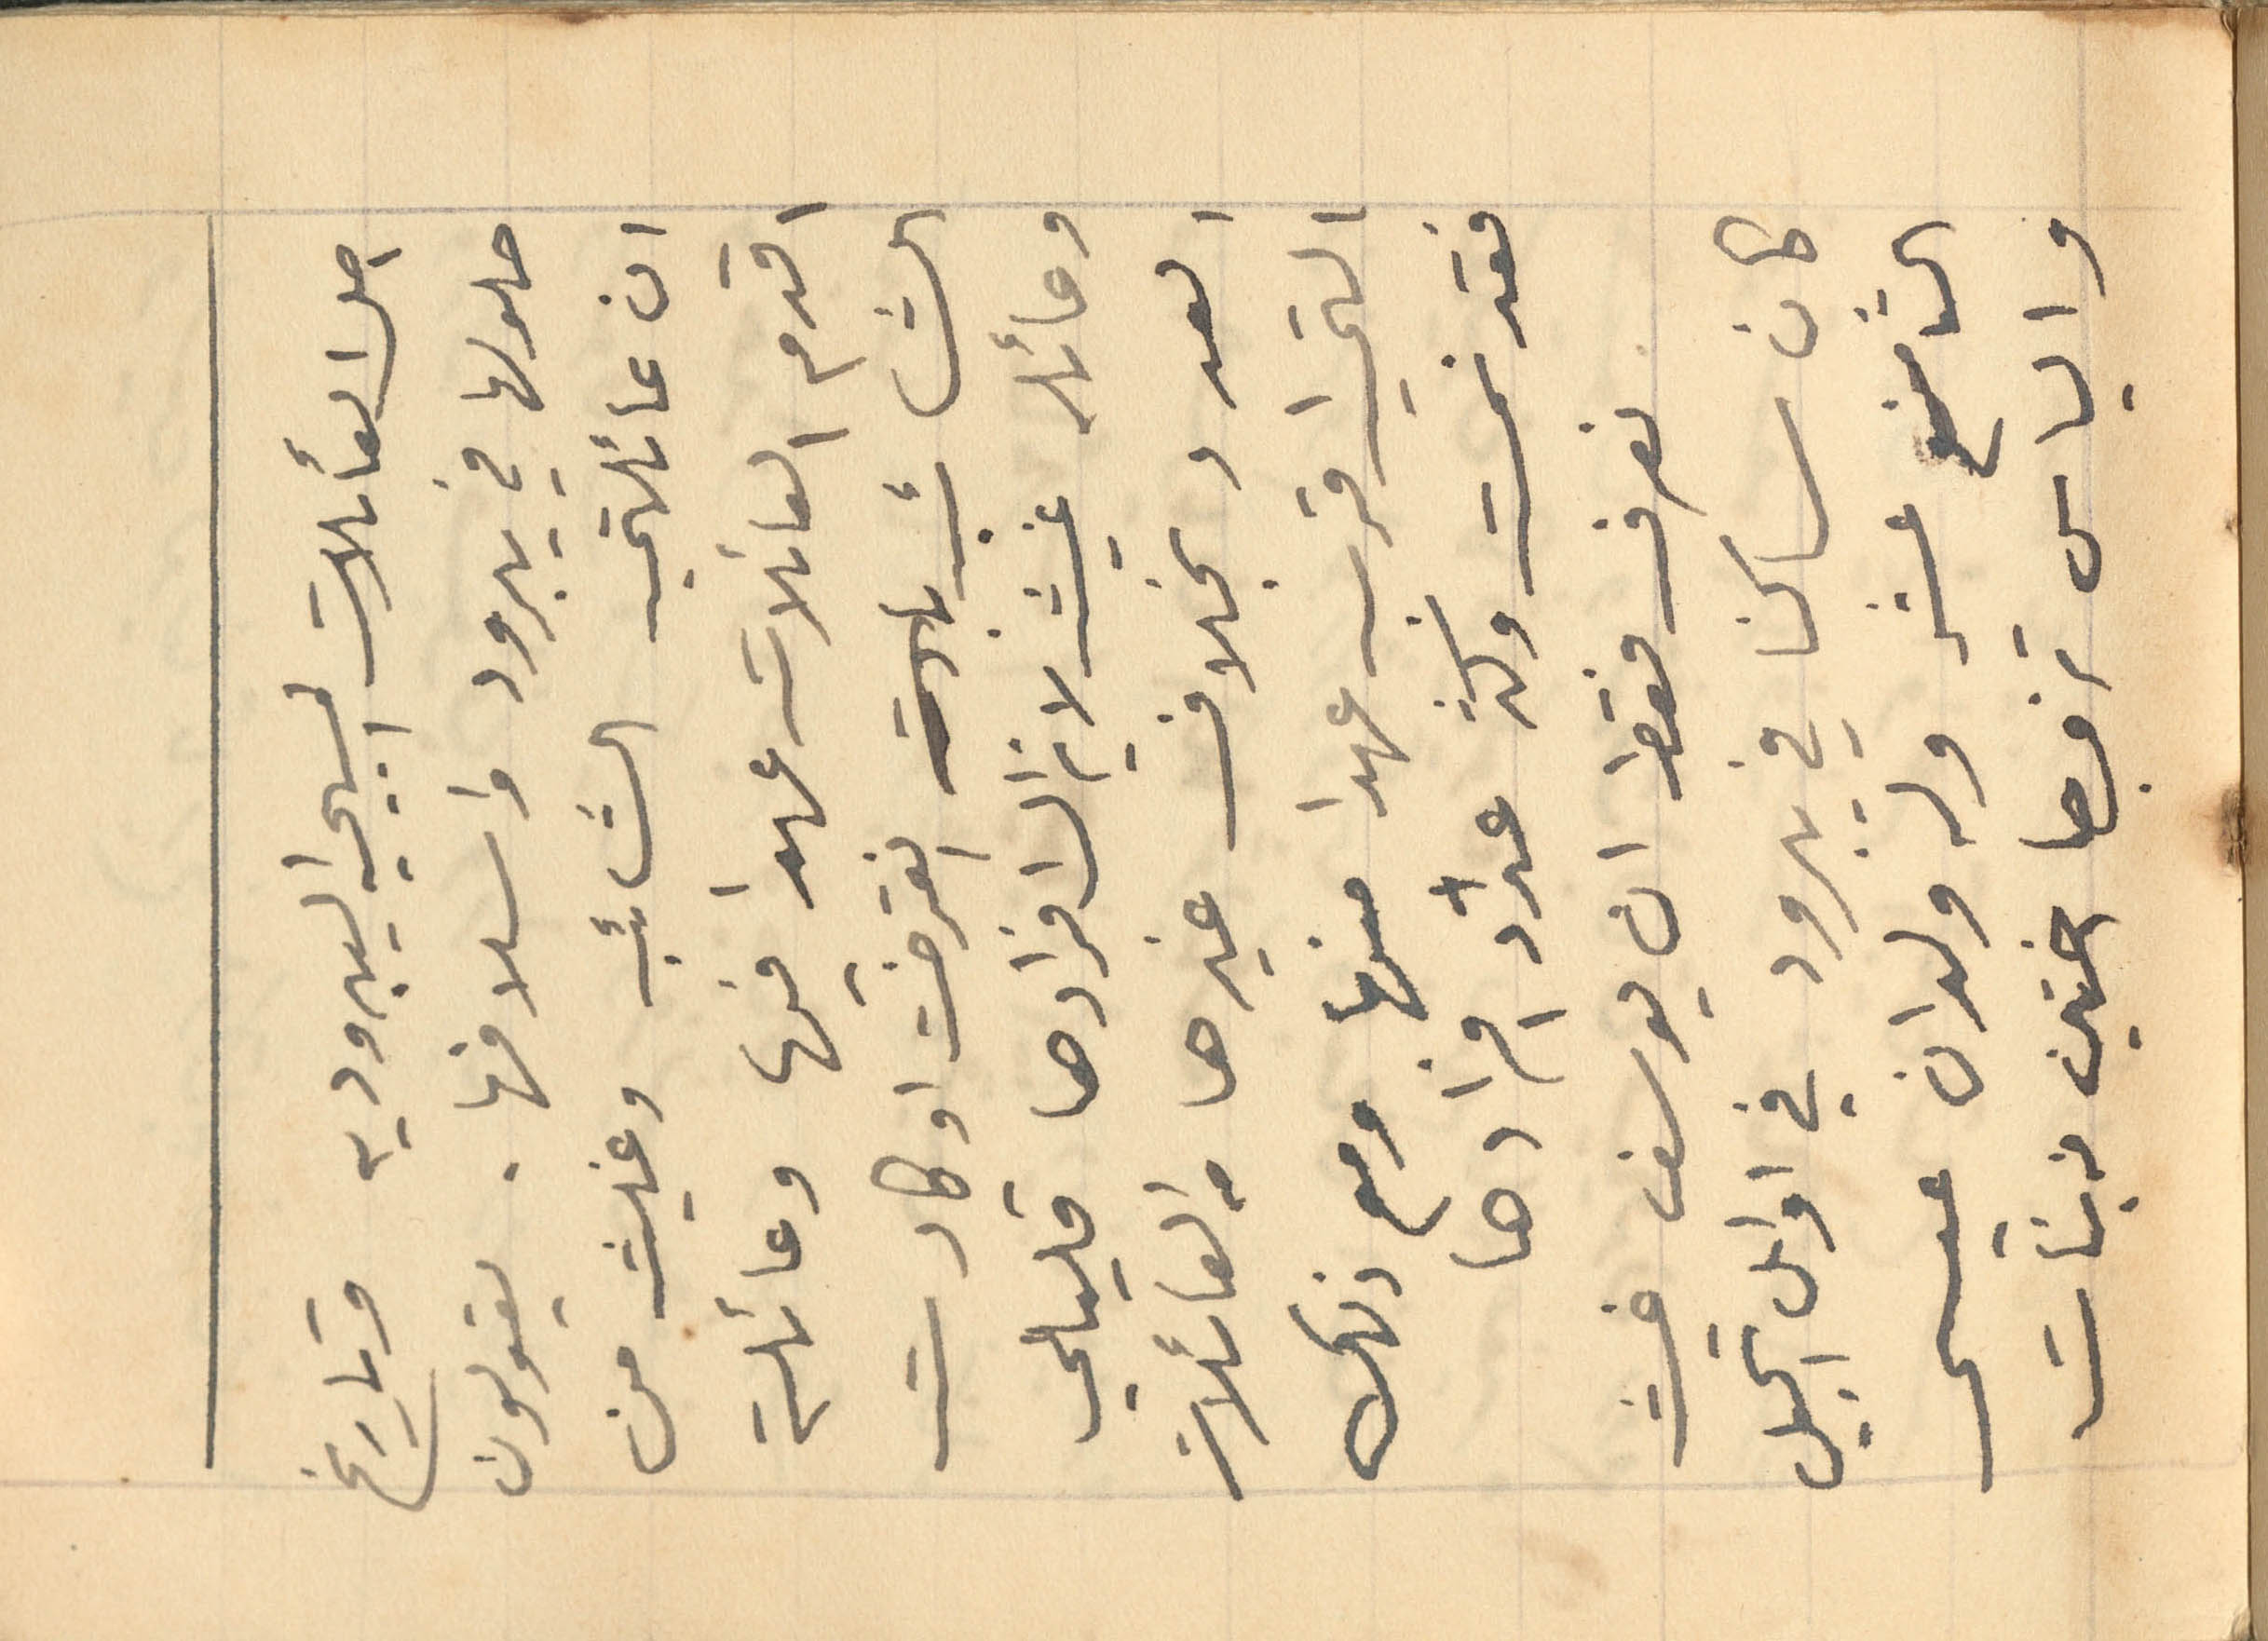
اصل العائلات المسيحيه اليبروديه وتاريخ
حلولها في يبرود واسلافها. يقولون
ان عائلتي الشائب وغيث من
اقدم العائلات عهدا فيها وعائلة
الشائب انقرضت او كادت
وعائله غيث لا يزال افرادها قليلي
العدد بخلاف غيرها من العائلات
التي اقرب عهدا منها ومع ذلك
فقد نمت وكثر عدد افرادها
نعرف فقط ان يوسف غيث
كان ساكنا في يبرود في اوائل الجيل
التاسع عشر وله ولدان عيسى
والياس تزوجا اختين من بنات